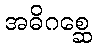
အဓိဂစ္ဆေ